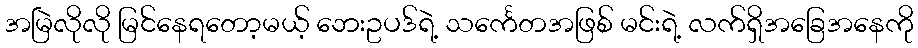
အမြဲလိုလို မြင်နေရတော့မယ့် ဘေးဥပဒ်ရဲ့ သင်္ကေတအဖြစ် မင်းရဲ့ လက်ရှိအခြေအနေကို